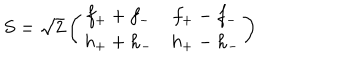
LaTeX: S = \sqrt { 2 } \left( \begin{matrix} { { f _ { + } + f _ { - } } } & { { f _ { + } - f _ { - } } } \\ { { h _ { + } + h _ { - } } } & { { h _ { + } - h _ { - } } } \\ \end{matrix} \right)